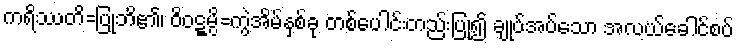
ကရိဿတိ=ပြုဘိ၏၊ ဝိဝဋ္ဋမ္ပိ=ကွဲအိမ်နှစ်ခု တစ်ပေါင်းတည်းပြု၍ ချုပ်အပ်သော အလယ်ခေါင်စပ်